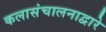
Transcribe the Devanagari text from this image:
कलासंचालनाद्वारे